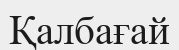
Қалбағай